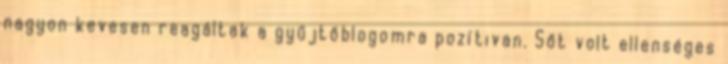
nagyon kevesen reagáltak a gyűjtőblogomra pozítivan. Sőt volt ellenséges